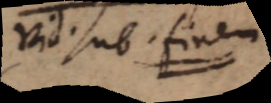
Vid. sub finem._